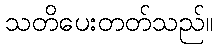
သတိပေးတတ်သည်။